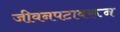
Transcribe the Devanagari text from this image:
जीवनपटावरून